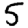
Digit: 5